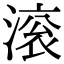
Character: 滚